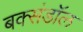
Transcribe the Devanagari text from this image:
बक्संडाॅल